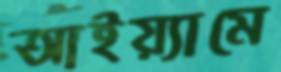
আইয়্যামে